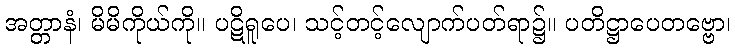
အတ္တာနံ၊ မိမိကိုယ်ကို။ ပဋိရူပေ၊ သင့်တင့်လျောက်ပတ်ရာ၌။ ပတိဋ္ဌာပေတဗ္ဗော၊